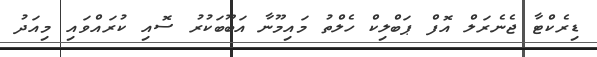
ޑިރެކްޓާ ޖެނެރަލް އޮފް ޕަބްލިކް ހެލްތު މައިމޫނާ އަބޫބަކުރު ސޮއި ކުރައްވައި މިއަދު